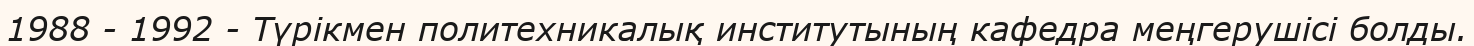
1988 - 1992 - Түрікмен политехникалық институтының кафедра меңгерушісі болды.